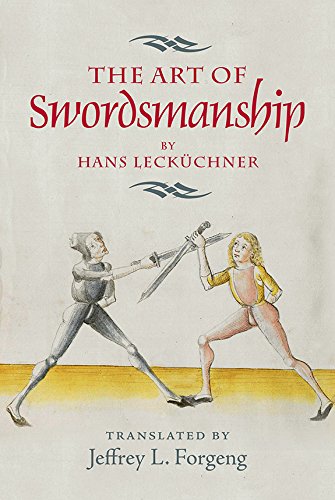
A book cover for The Art of Swordsmanship by Hans LeckÃ¼chner (Armour and Weapons); Sports & Outdoors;